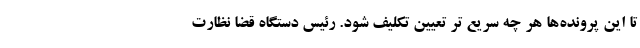
تا این پرونده‌ها هر چه سریع تر تعیین تکلیف شود. رئیس دستگاه قضا نظارت